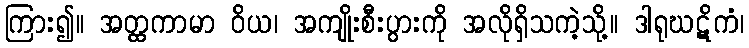
ကြား၍။ အတ္ထကာမာ ဝိယ၊ အကျိုးစီးပွားကို အလိုရှိသကဲ့သို့။ ဒါရုဃဋိကံ၊